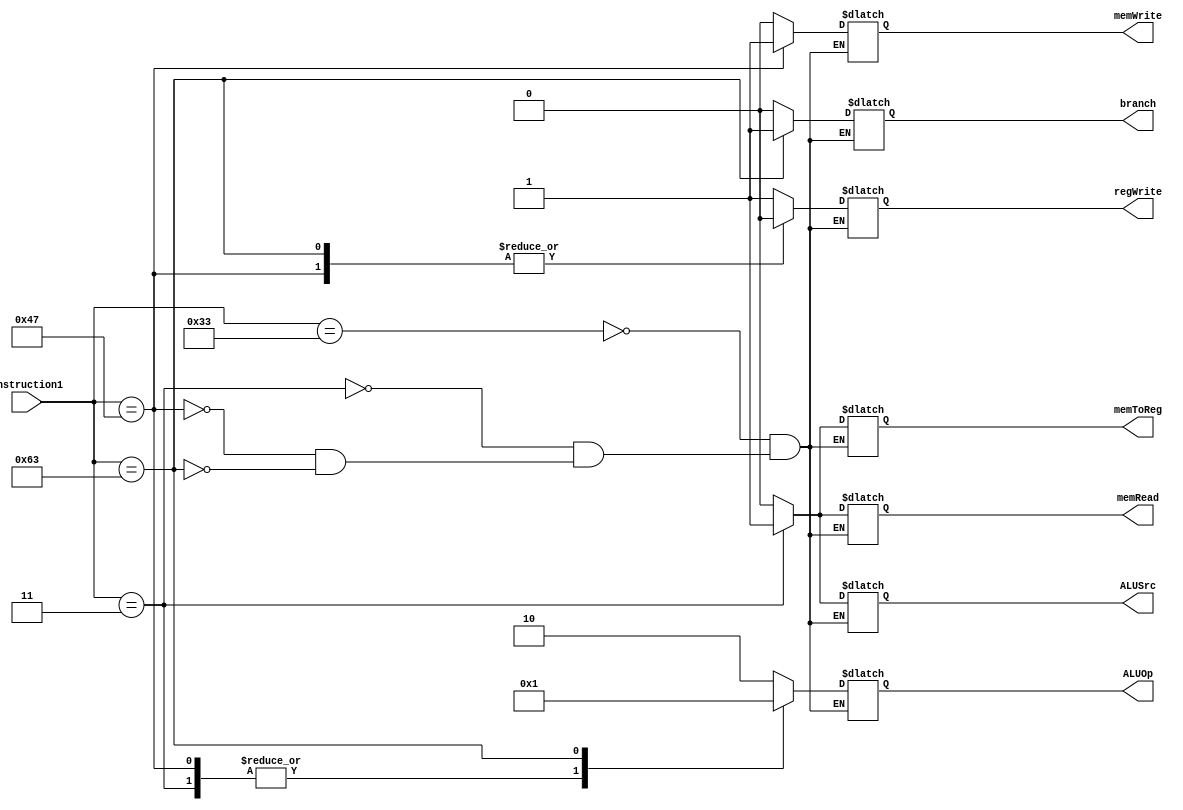
module control(instruction1,branch,memRead,memToReg,ALUOp,memWrite,ALUSrc,regWrite);
input [6:0] instruction1;       
output reg branch,memRead,memToReg,memWrite,ALUSrc,regWrite;
output reg [1:0] ALUOp;

always @(*)
begin
 case(instruction1) 
 7'b0110011:  //R
     begin
        ALUSrc = 1'b0;
        memToReg = 1'b0;
        regWrite = 1'b1;
        memRead = 1'b0;
        memWrite = 1'b0;
        branch = 1'b0;   
        ALUOp = 2'b10;
     end
 7'b0000011:  //ld
     begin
        ALUSrc = 1'b1;
        memToReg = 1'b1;
        regWrite = 1'b1;
        memRead = 1'b1;
        memWrite = 1'b0;
        branch = 1'b0;   
        ALUOp = 2'b00;
     end
 7'b01000111:  //sd
     begin
        ALUSrc = 1'b0;
        memToReg = 1'bx;
        regWrite = 1'b0;
        memRead = 1'b0;
        memWrite = 1'b1;
        branch = 1'b0;   
        ALUOp = 2'b00; 
     end
  7'b1100011:  //beq
     begin
        ALUSrc = 1'b0;
        memToReg = 1'bx;
        regWrite = 1'b0;
        memRead = 1'b0;
        memWrite = 1'b0;
        branch = 1'b1;   
        ALUOp = 2'b01; 
     end
endcase 
end
endmodule